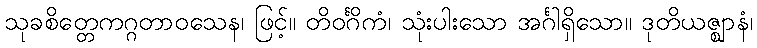
သုခစိတ္တေကဂ္ဂတာဝသေန၊ ဖြင့်။ တိဝင်္ဂိကံ၊ သုံးပါးသော အင်္ဂါရှိသော။ ဒုတိယဇ္ဈာနံ၊